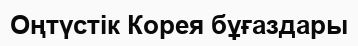
Оңтүстік Корея бұғаздары